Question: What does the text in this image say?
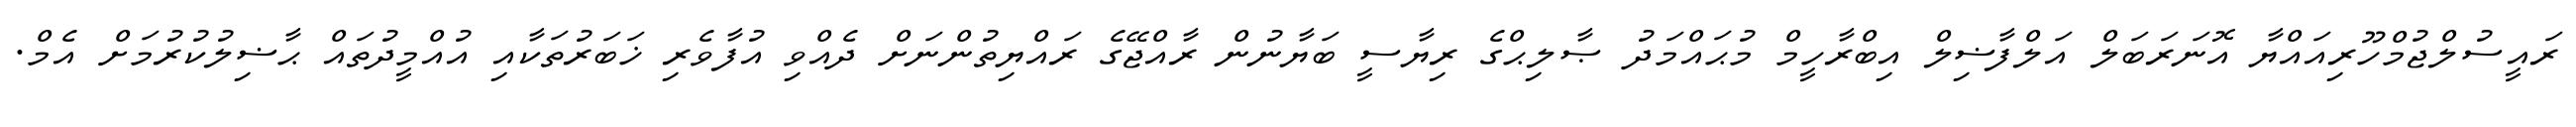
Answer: ރައީސުލްޖުމްހޫރިއައްޔާ އޮނަރަބަލް އަލްފާޟިލް އިބްރާހީމް މުޙައްމަދު ޞާލިޙްގެ ރިޔާސީ ބަޔާނުން ރާއްޖޭގެ ރައްޔިތުންނަށް ދެއްވި އުފާވެރި ޚަބަރުތަކާއި އުއްމީދުތައް ޙާޟިލުކުރުމަށް އެމް.